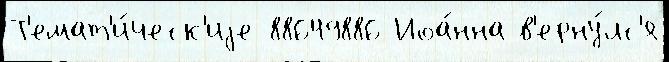
Т'емат'и́ческ'иjе 88649886 Иоа́нна в'ерну́лс'я